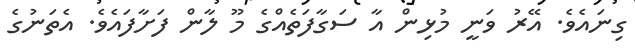
ގިނައެވެ. އޭރު ވަނީ މުޅިން އާ ސަގާފަތެއްގެ މޫ ލާން ފަށާފައެވެ. އެތަނުގެ